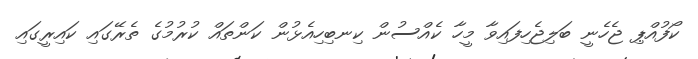
ކޯފުއްޕި ޖެހެނީ ބަލިޖެހިފައިވާ މީހާ ކެއްސުން ކިނބިހިއެޅުން ކަންތައް ކުރުމުގެ ތެރޭގައި ކައިރީގައި